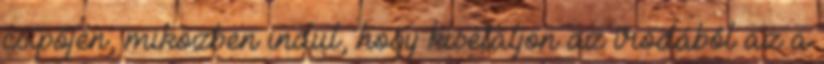
csípőjén, miközben indul, hogy kisétáljon az irodából az a